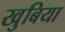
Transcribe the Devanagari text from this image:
खुबिया